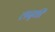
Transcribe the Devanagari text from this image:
लाद्की